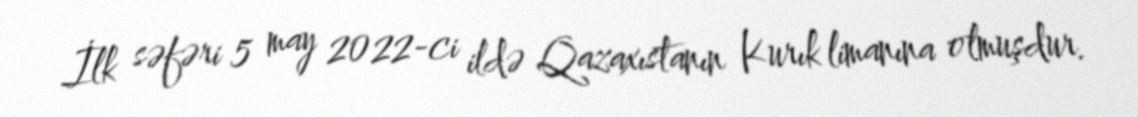
İlk səfəri 5 may 2022-ci ildə Qazaxıstanın Kurık limanına olmuşdur.